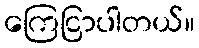
ကြေငြာပါတယ်။